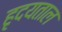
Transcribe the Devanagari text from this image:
हृदयताल